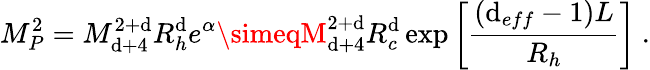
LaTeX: M_{P}^{2}=M_{\mathrm{d}+4}^{2+\mathrm{d}}R_{h}^{\mathrm{d}}e^{\alpha}\simeqM_{\mathrm{d}+4}^{2+\mathrm{d}}R_{c}^{\mathrm{d}}\exp\left[\frac{{(\mathrm{d}_{eff}-1)L}}{{R_{h}}}\right]\ .